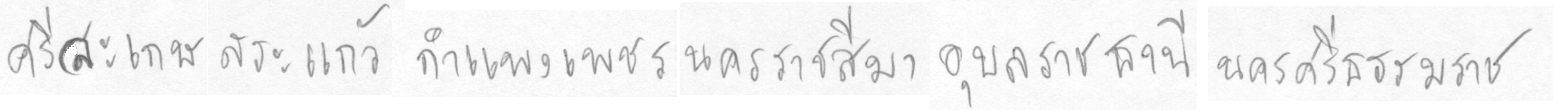
ศรีสะเกษสระแก้วกำแพงเพชรนครราชสีมาอุลราชธานีนครศรีธรรมราช